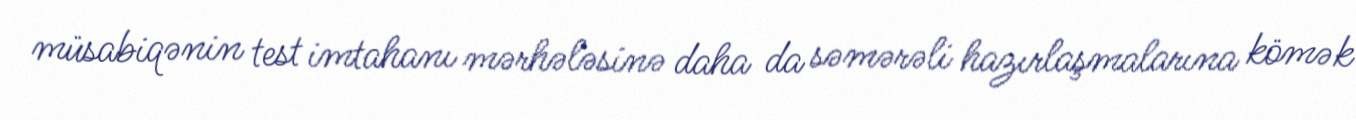
müsabiqənin test imtahanı mərhələsinə daha da səmərəli hazırlaşmalarına kömək